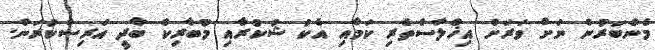
މެންބަރުން ނަށް ވަރަށް އިޚްލާސްތެރި ކަމާއި އެކު ޝުކުރާއި މުބާރިކް ބާދީ އަރިސްކުރަން.